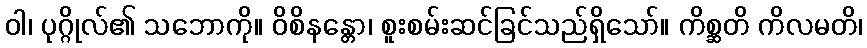
ဝါ၊ ပုဂ္ဂိုလ်၏ သဘောကို။ ဝိစိနန္တော၊ စူးစမ်းဆင်ခြင်သည်ရှိသော်။ ကိစ္ဆတိ ကိလမတိ၊